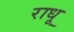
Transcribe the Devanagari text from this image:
राधू